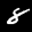
Label: 8